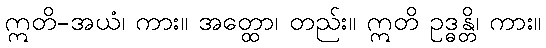
ဣတိ-အယံ၊ ကား။ အတ္ထော၊ တည်း။ ဣတိ ဥဒ္ဓန္တိ၊ ကား။